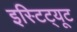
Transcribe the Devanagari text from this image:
इस्टिट्यूट